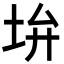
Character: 𡊯